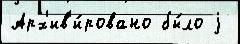
Арх'ив'и́ровано бы́ло j